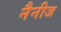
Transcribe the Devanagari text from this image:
नैनीज